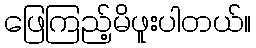
ဖြေကြည့်မိဖူးပါတယ်။